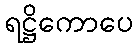
ရဋ္ဌိကောပေ